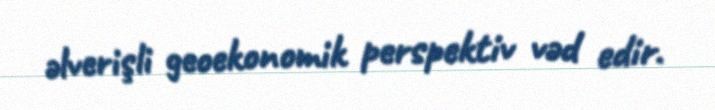
əlverişli geoekonomik perspektiv vəd edir.